Scottish Leaving Certificate Examination, 1957
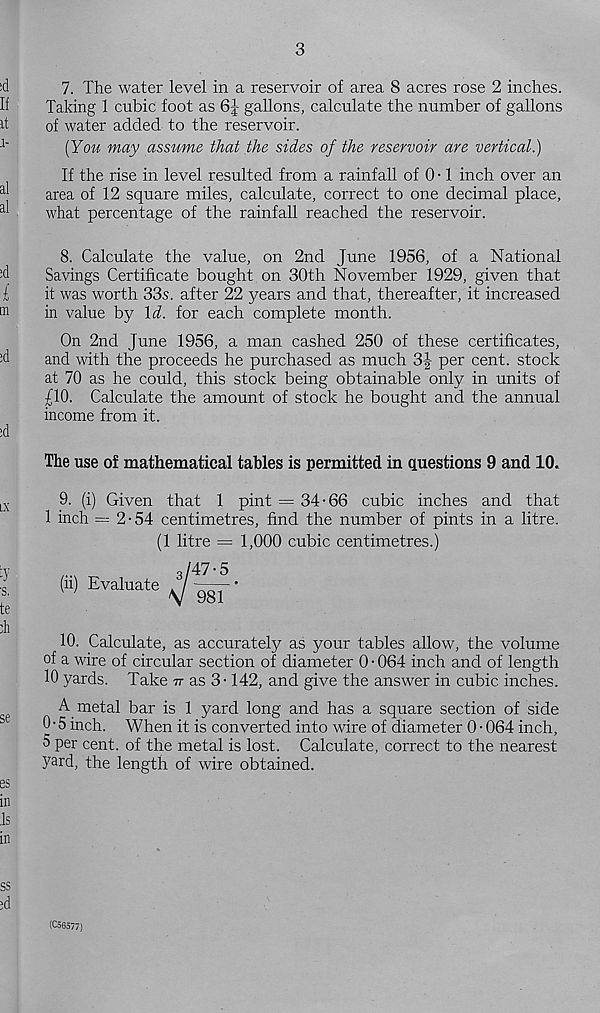
7. The water level in a reservoir of area 8 acres rose 2 inches.
Taking 1 cubic foot as 6J gallons, calculate the number of gallons
of water added to the reservoir.
[You may assume that the sides of the reservoir are vertical.)
If the rise in level resulted from a rainfall of 0 • 1 inch over an
area of 12 square miles, calculate, correct to one decimal place,
what percentage of the rainfall reached the reservoir.
8. Calculate the value, on 2nd June 1956, of a National
Savings Certificate bought on 30th November 1929, given that
it was worth 33s. after 22 years and that, thereafter, it increased
in value by \d. for each complete month.
On 2nd June 1956, a man cashed 250 of these certificates,
and with the proceeds he purchased as much 3| per cent, stock
at 70 as he could, this stock being obtainable only in units of
£10. Calculate the amount of stock he bought and the annual
income from it.
The use of mathematical tables is permitted in questions 9 and 10.
9. (i) Given that 1 pint = 34-66 cubic inches and that
1 inch = 2-54 centimetres, find the number of pints in a litre.
(1 litre = 1,000 cubic centimetres.)
(ii) Evaluate
10. Calculate, as accurately as your tables allow, the volume
of a wire of circular section of diameter 0 • 064 inch and of length
10 yards. Take tt as 3-142, and give the answer in cubic inches.
A metal bar is 1 yard long and has a square section of side
0 • 5 inch. When it is converted into wire of diameter 0 • 064 inch,
5 per cent, of the metal is lost. Calculate, correct to the nearest
yard, the length of wire obtained.